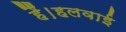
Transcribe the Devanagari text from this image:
हैं।हलवाई